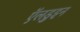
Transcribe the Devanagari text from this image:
ऍलडुइन